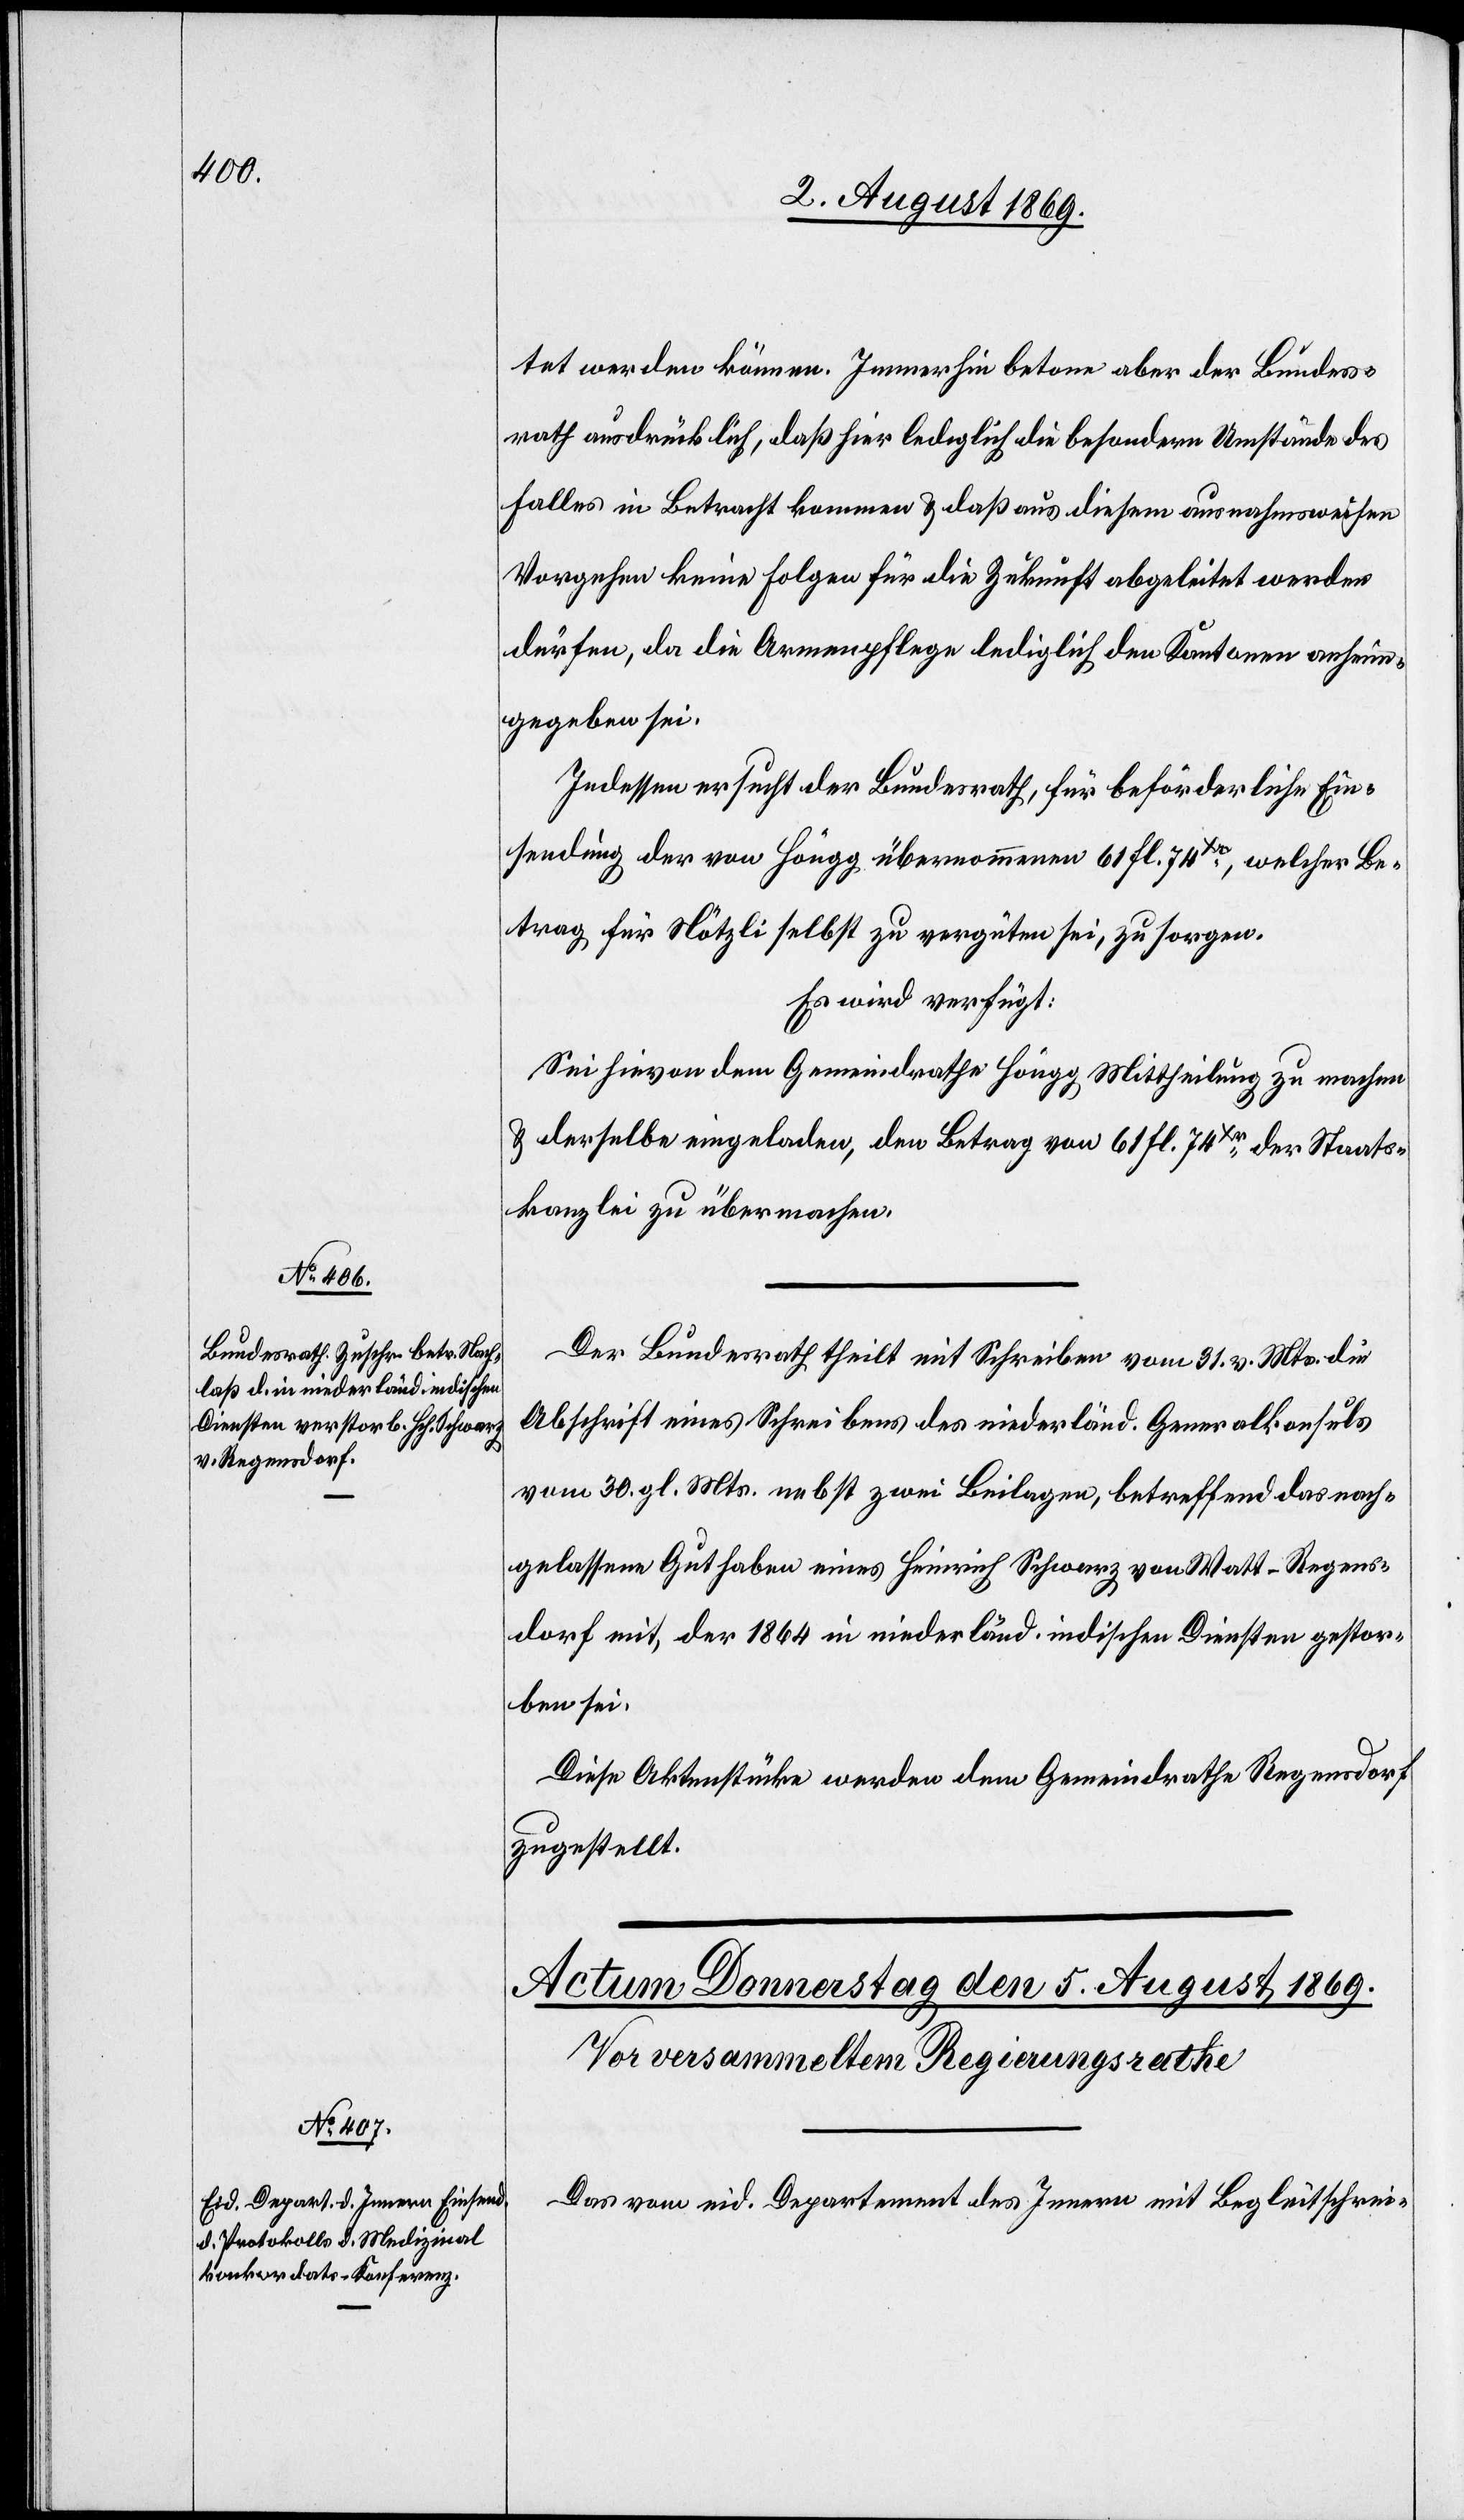
4. August 1869.]
tet werden können. Immerhin betone aber der Bundes¬
rath ausdrücklich, daß hier lediglich die besondern Umstände des
Falles in Betracht kommen & daß aus diesem ausnahmsweisen
Vorgehen keine Folgen für die Zukunft abgeleitet werden
dürfen, da die Armenpflege lediglich den Kantonen anheim¬
gegeben sei.
Indessen ersucht der Bundesrath, für beförderliche Ein¬
sendung der von Höngg übernommenen 61 fl. 74Xr, welcher Be¬
trag für Nötzli selbst zu vergüten sei, zu sorgen.
Es wird verfügt:
Sei hievon dem Gemeindrathe Höngg, Mittheilung zu machen
& derselbe eingeladen, den Betrag von 61 fl. 74Xr, der Staats¬
kanzlei zu übermachen.
Der Bundesrath theilt mit Schreiben vom 31. v. Mts. die
Abschrift eines Schreibens des niederländ. Generalkonsuls
vom 30. gl. Mts. nebst zwei Beilagen, betreffend das nach¬
gelassene Guthaben eines Heinrich Schwarz von Watt - Regens¬
dorf mit, der 1864 in niederländ. indischen Diensten gestor¬
ben sei.
Diese Aktenstücke werden dem Gemeindrathe Regensdorf
zugestellt.
Das vom eid. Departement des Innern mit Begleitschrei-